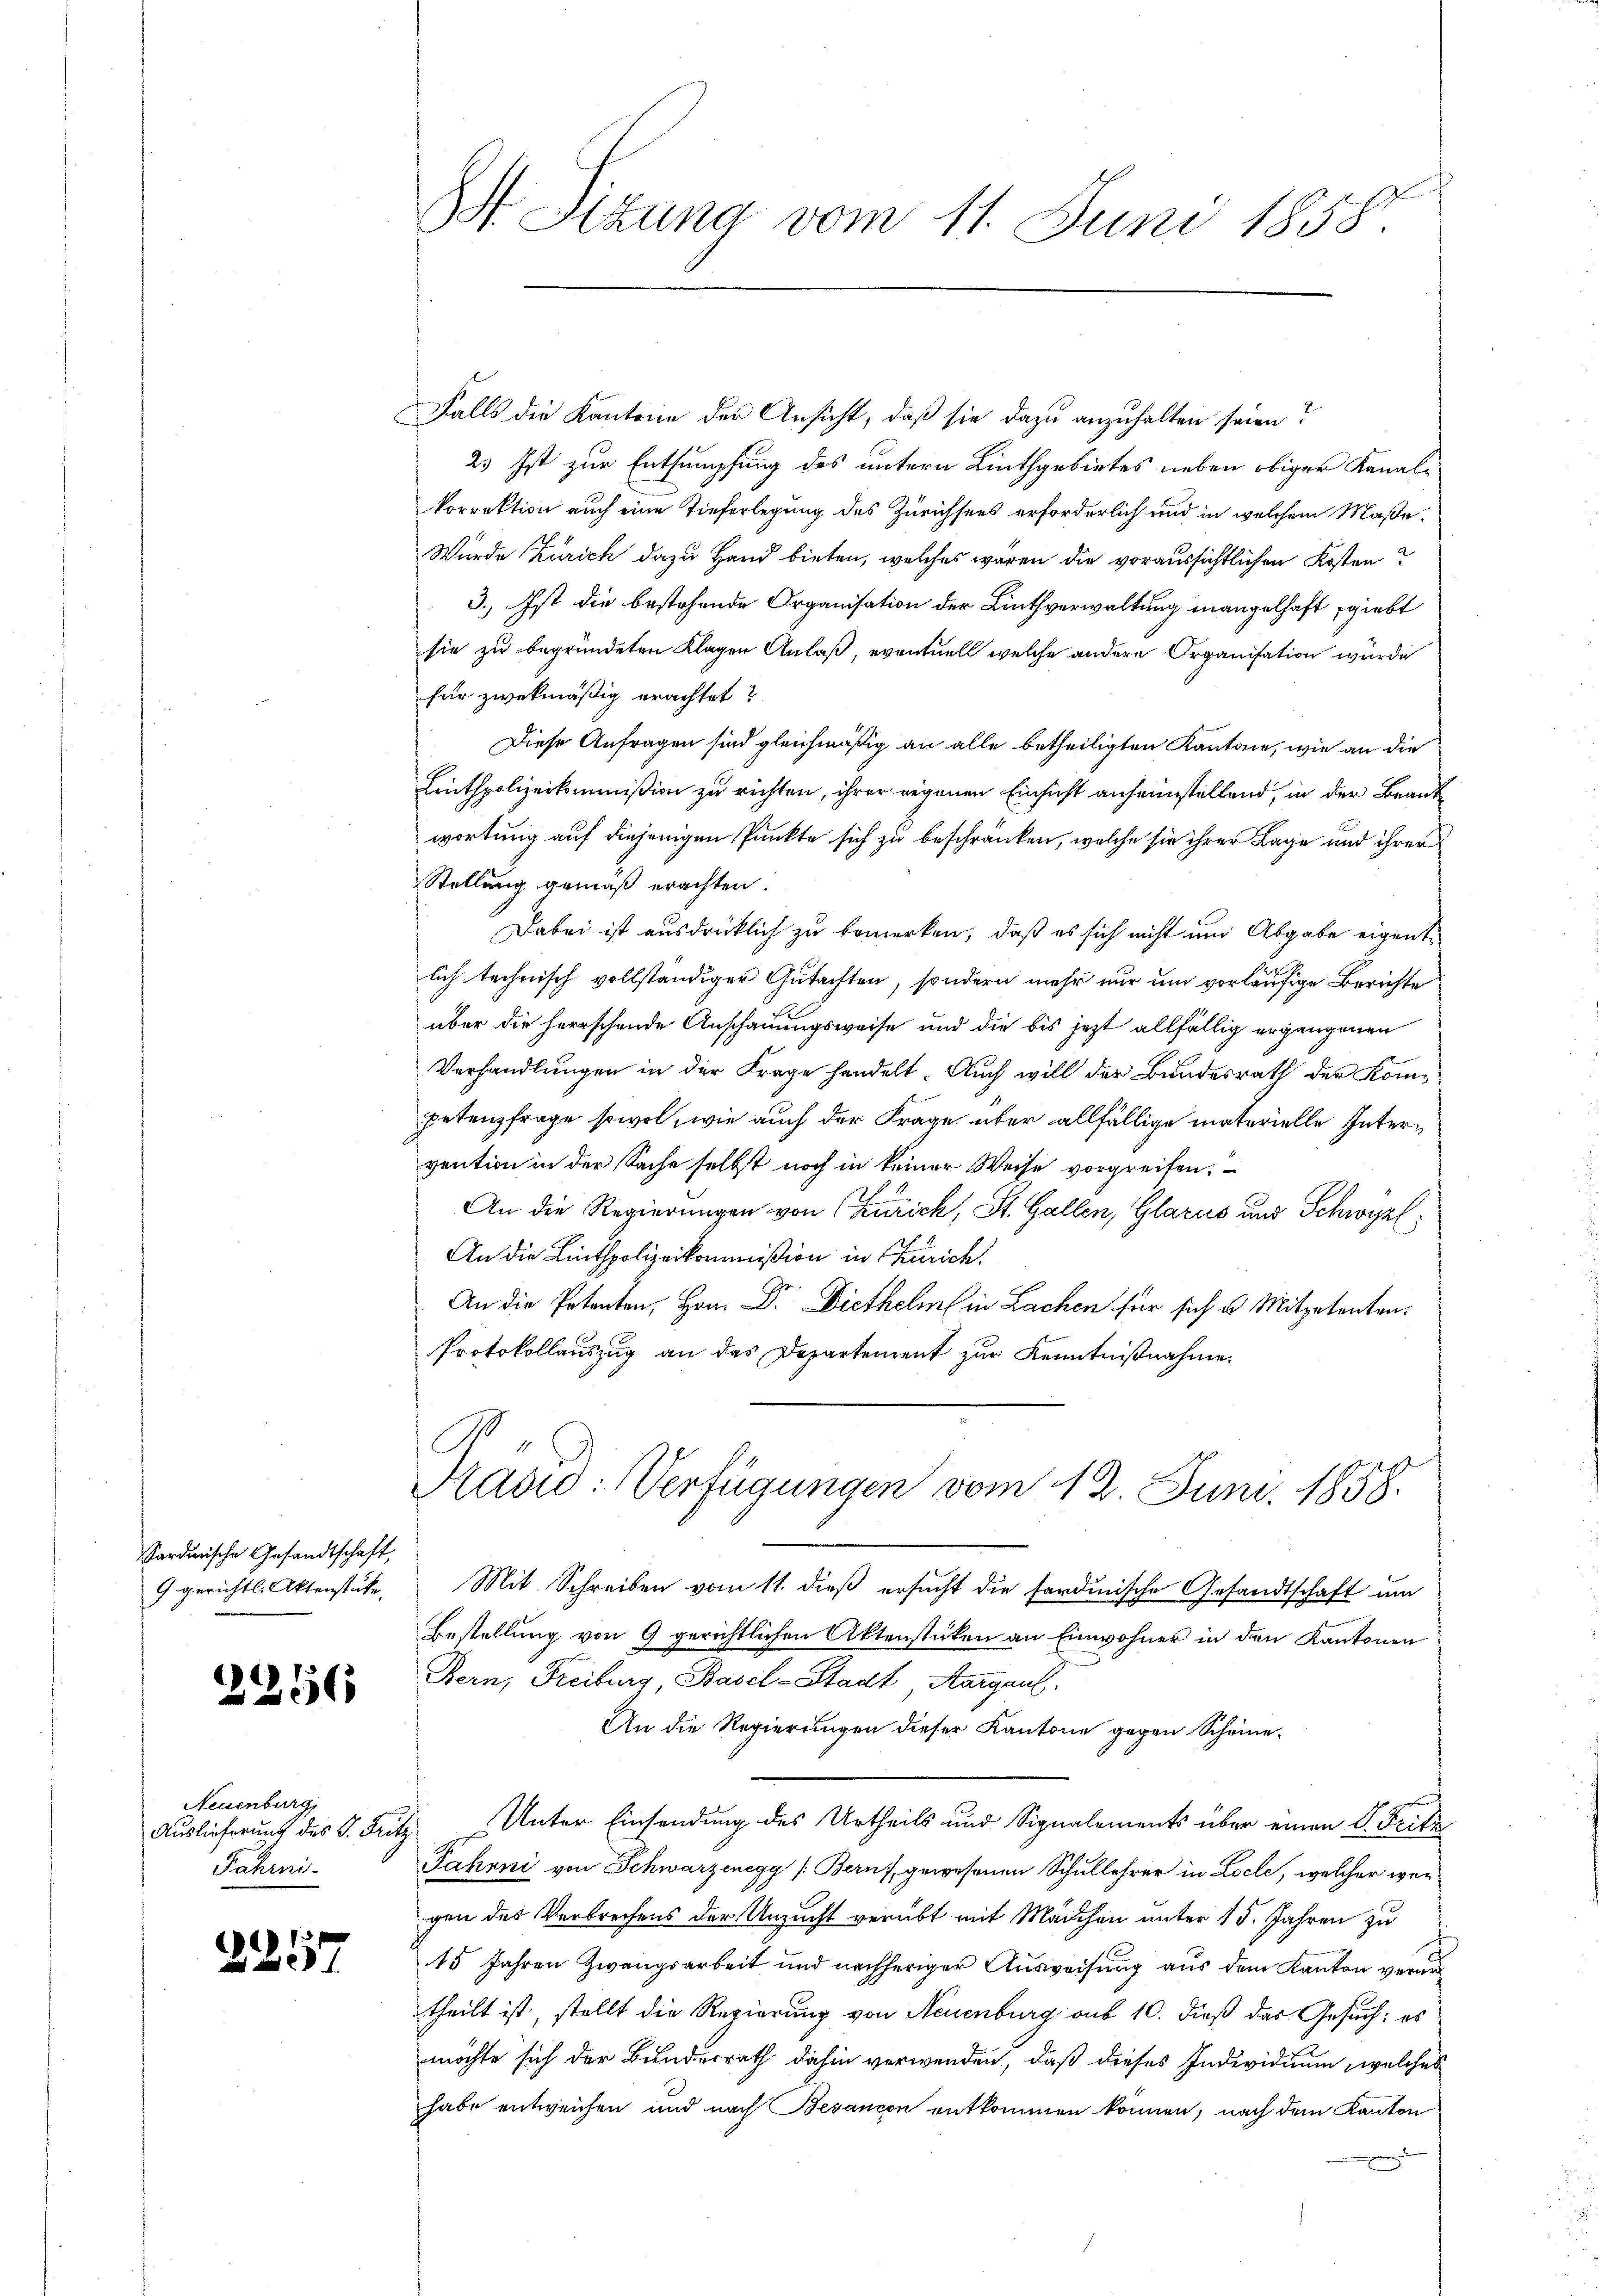
Sardinische Gesandtschaft,
9 gerichtl. Aktenstücke.

2256

Falls die Kantone der Ansicht, daß sie dazu anzuhalten seien?
2. Ist zur Entsumpfung des untern Linthgebietes neben obiger Kanalkorrektion auch eine Tieferlegung des Zürichsees erforderlich und in welchem Maße¬
Wurde Zürich dazu Hand bieten, welches wären die voraussichtlichen Kosten?
3.) Ist die bestehende Organisation der Linthverwaltung mangelhaft giebt
sie zu begründeten Klagen Anlaß, eventuell welche andere Organisation wurde
für zwekmäßig erachtet?
Diese Anfragen sind gleichmäßig an alle betheiligten Kantone, wie an die
Linthpolizeikommißion zu richten, ihrer eigenen Einsicht anheimstellend, in der Beantwortung auf diejenigen Punkte sich zu beschränken, welche sie ihrer Lage und ihrer
Stellung gemäß erachten.
Dabei ist ausdrücklich zu bemerken, daß es sich nicht und Abgabe eigent
lich technisch vollständiger Gutachten, sondern mehr nur um vorläufige Berichte
über die herrschende Anschauungsweise und die bis jetzt allfällig ergangenen
Verhandlungen in der Frage handelt. Auch will der Bundesrath der Kompetenzfrage sowol, wie auch der Frage über allfällige materielle Intervention in der Sache selbst noch in keiner Weise vorgreifen.
An die Regierungen von (Zürich, St. Gallen, Glarus und Schwyz
An die Linthpolizeikommißion in Zürich.
An die Petenten, Hrn. Dr. Diethelm in Lachen für sich u. Mitpetenten¬
Protokollauszug an das Departement zur Kenntnißnahme.

Neuenburg,
Auslieferung des P. Fris
Jahrni-

4
2257

S Sizung vom 11. Juni 1858.

Präsid: Verfügungen vom 12. Juni. 1858.

Mit Schreiben vom 11. dieß ersucht die sardinische Gesandtschaft um
Bestellung von 9 gerichtlichen Aktenstücken an Einwohner in den Kantonen
Bern, Freiburg Basel-Stadt Aargaul.
An die Regierungen dieser Kantone gegen Scheine
Unter Einsendung des Urtheils und Signalements über einen S. Fritz
2
Fahrni von Schwarzenegg (Berns, gewesenen Schullehrer in Locle, welcher wergen des Verbrechens der Unzucht verübt mit Mädchen unter 15. Jahren zu
45 Jahren Zwangsarbeit und nachheriger Ausweisung aus dem Kanton verurs
theilt ist, stellt die Regierung von Neuenburg auf 10. dieß das Gesuch: es
möchte sich der Bundesrath dahin verwenden, daß dieses Individuum, welches
habe entweichen und nach Besancon entkommen können, nach dem Kanton